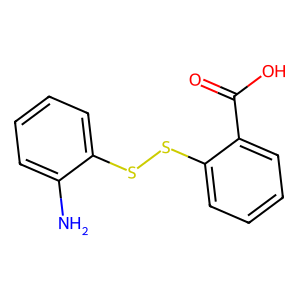
SMILES: Nc1ccccc1SSc1ccccc1C(=O)O
Inhibits HIV replication: Yes